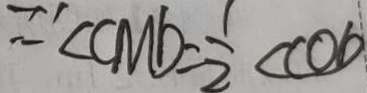
: \because \angle C M D = \frac { 1 } { 2 } \angle C O D